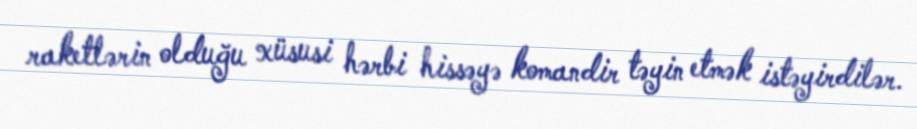
raketlərin olduğu xüsusi hərbi hissəyə komandir təyin etmək istəyirdilər.